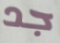
جد